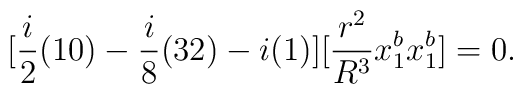
[\frac{i}{2}(10)-\frac{i}{8}(32)-i(1)][ \frac{r^2}{R^3} x_1^b x_1^b ]=0.